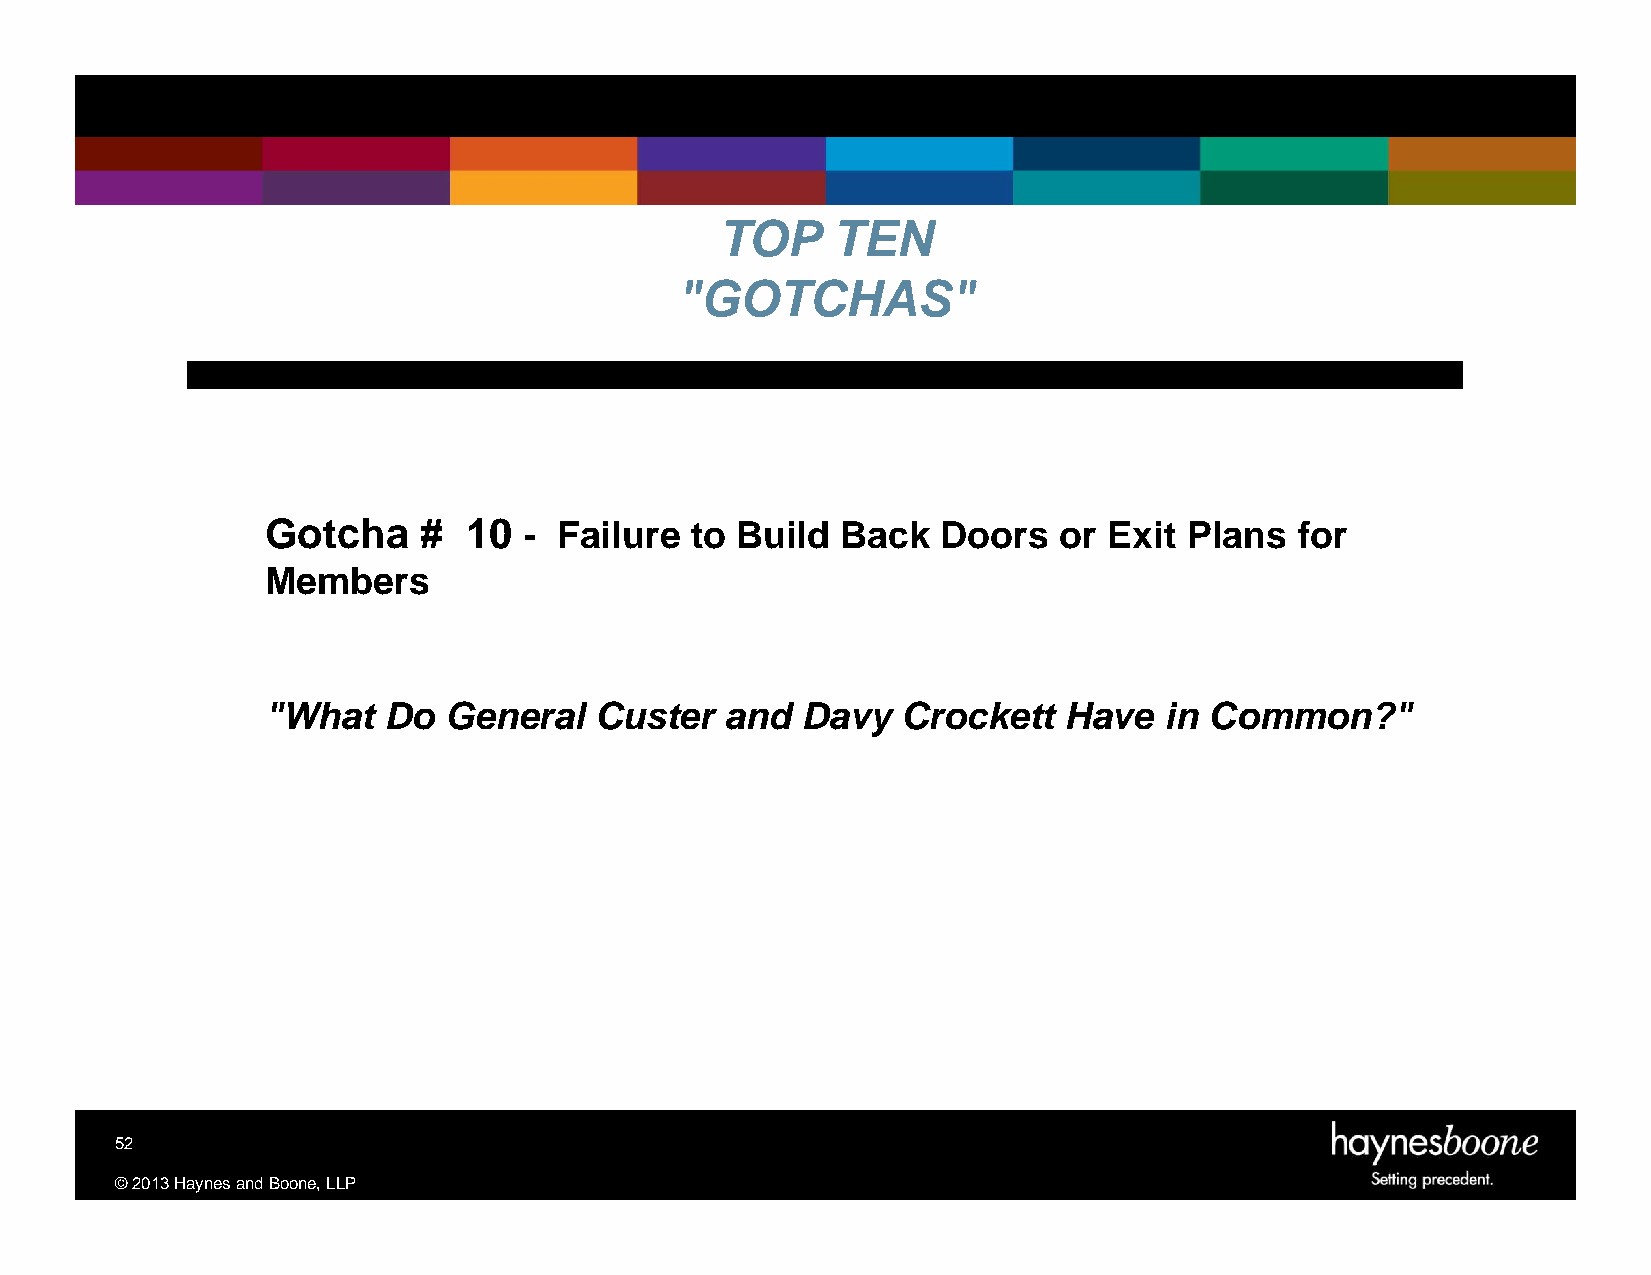
TOP    TEN
 "GOTCHAS"
 Gotcha    #  10  - Failure  to Build  Back  Doors   or Exit  Plans  for
 Members
 "What  Do  General   Custer   and  Davy   Crockett  Have   in Common?"
 52
 ©2013HaynesandBoone,LLP